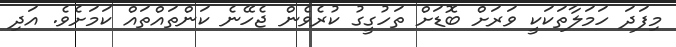
މިފަދަ ހަމަލާތަކަކީ ވަރަށް ބޮޑަށް ތަހުގީގު ކުރެވެން ޖެހޭނެ ކަންތައްތައް ކަމަށެވެ. އަދި